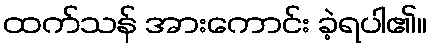
ထက်သန် အားကောင်း ခဲ့ရပါ၏။